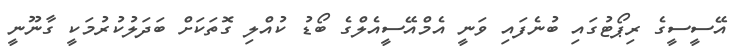
އޭސީސީގެ ރިޕޯޓުގައި ބުނެފައި ވަނީ އެމްއޭސީއެލްގެ ބޯޑު ކުއްލި ގޮތަކަށް ބަދަލުކުރުމަކީ ގާނޫނީ